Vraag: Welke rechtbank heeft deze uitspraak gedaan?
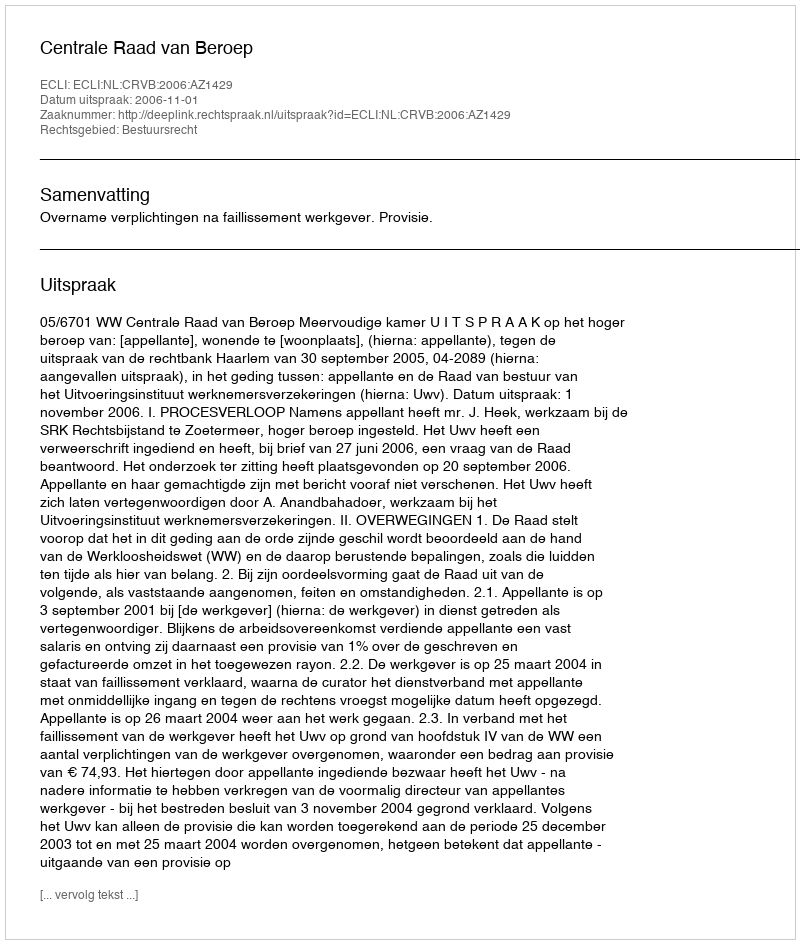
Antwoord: Centrale Raad van Beroep